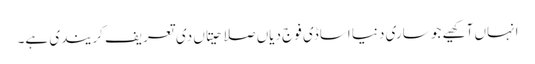
انہاں آکھیے جو ساری دنیا اساڈی فوج دیاں صلاحیتاں دی تعریف کریندی ہے۔